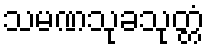
သမဏသုခသုတ္တံ